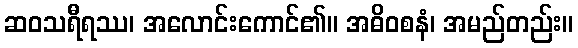
ဆဝသရီရဿ၊ အလောင်းကောင်၏။ အဓိဝစနံ၊ အမည်တည်း။